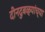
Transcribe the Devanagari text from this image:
दीनदुबळ्यांच्या